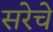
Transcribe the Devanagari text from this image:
सरेचे